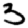
Digit: 3